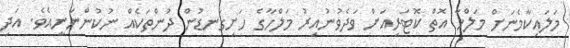
މަލައިކާމެނަށް މަލްހާ އޮތް ކޮޓަރިއަށް ވަދެވުނުއިރު މަލްހާގެ ހަށިގަނޑުން ދުންތަކެއް ނުކުންނަނީއެވެ. އަދި